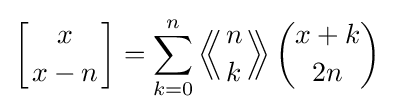
\left[{x \atop x-n}\right]=\sum _{k=0}^{n}\left\langle \!\!\left\langle {n \atop k}\right\rangle \!\!\right\rangle {\binom {x+k}{2n}}